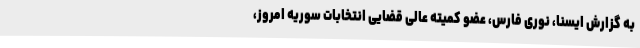
به گزارش ایسنا، نوری فارس، عضو کمیته عالی قضایی انتخابات سوریه امروز،